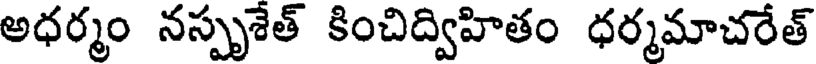
అధర్మం నస్పృశేత్ కించిద్విహితం ధర్మమాచరేత్